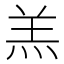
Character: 羔